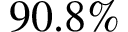
9 0 . 8 \%